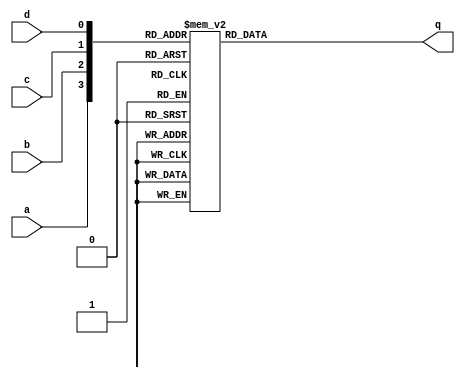
//This is a combinational circuit. Read the simulation waveforms to determine what the circuit does, then implement it.

module top_module (
    input a,
    input b,
    input c,
    input d,
    output q );//
    
    reg q_tmp;

    assign q = q_tmp;

    always @(*) begin
        case ({a,b,c,d})
            4'b0000: q_tmp = 1;
            4'b0001: q_tmp = 0;
            4'b0010: q_tmp = 0;
            4'b0011: q_tmp = 1;
            4'b0100: q_tmp = 0;
            4'b0101: q_tmp = 1;
            4'b0110: q_tmp = 1;
            4'b0111: q_tmp = 0;
            4'b1000: q_tmp = 0;
            4'b1001: q_tmp = 1;
            4'b1010: q_tmp = 1;
            4'b1011: q_tmp = 0;
            4'b1100: q_tmp = 1;
            4'b1101: q_tmp = 0;
            4'b1110: q_tmp = 0;
            4'b1111: q_tmp = 1;
            default: q_tmp = 0;
        endcase
    end

endmodule